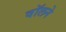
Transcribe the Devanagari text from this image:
वॉलने